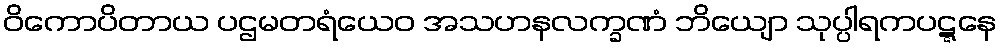
ဝိကောပိတာယ ပဌမတရံယေဝ အသဟနလက္ခဏံ ဘိယျော သုပ္ပါရကပဋ္ဋနေ